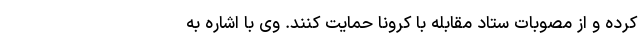
کرده و از مصوبات ستاد مقابله با کرونا حمایت کنند. وی با اشاره به